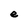
Character: e